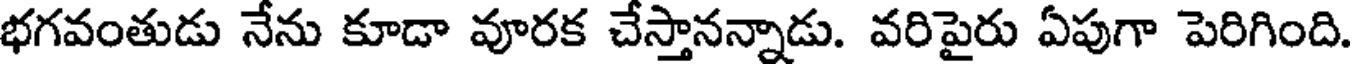
భగవంతుడు నేను కూడా వూరక చేస్తానన్నాడు. వరిపైరు ఏపుగా పెరిగింది